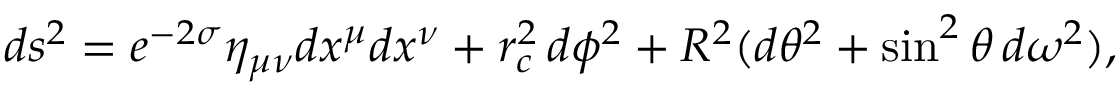
d s ^ { 2 } = e ^ { - 2 \sigma } \eta _ { \mu \nu } d x ^ { \mu } d x ^ { \nu } + r _ { c } ^ { 2 } \, d \phi ^ { 2 } + R ^ { 2 } ( d \theta ^ { 2 } + \sin ^ { 2 } \theta \, d \omega ^ { 2 } ) ,